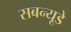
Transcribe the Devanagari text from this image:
सबन्यूडे